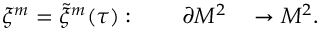
\xi ^ { m } = { \tilde { \xi } } ^ { m } ( \tau ) : \qquad \partial { \cal M } ^ { 2 } \quad \rightarrow { { \cal M } } ^ { 2 } .